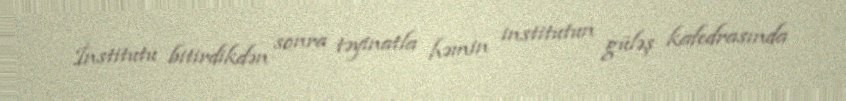
İnstitutu bitirdikdən sonra təyinatla həmin institutun güləş kafedrasında